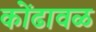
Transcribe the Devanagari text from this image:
कोंढावळ